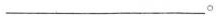
___。